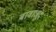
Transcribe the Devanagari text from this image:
बावाजूद